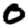
Digit: 0